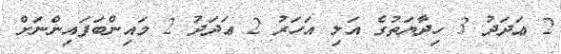
2 ޢަދަދު 3 ހިދާޔަތުގެ އަލި އަހަރު 2 ޢަދަދު 2 މައިންބަފައިންނަށް